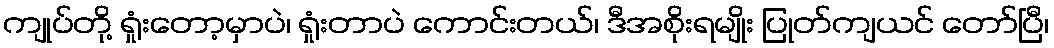
ကျုပ်တို့ ရှုံးတော့မှာပဲ၊ ရှုံးတာပဲ ကောင်းတယ်၊ ဒီအစိုးရမျိုး ပြုတ်ကျယင် တော်ပြီ၊